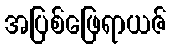
အပြစ်ဖြေရာယဇ်